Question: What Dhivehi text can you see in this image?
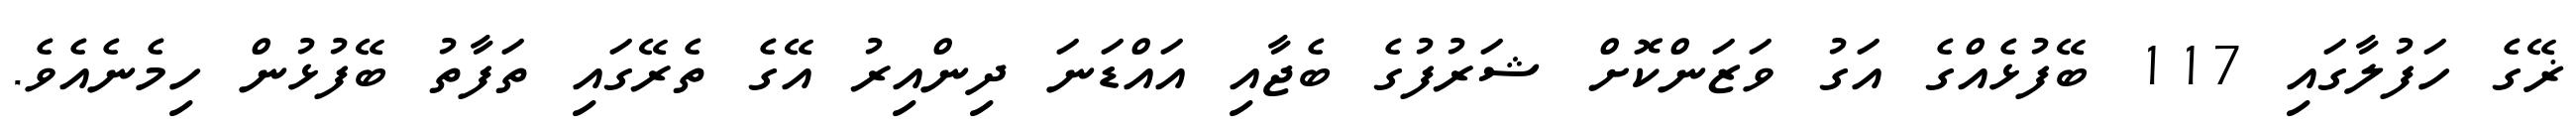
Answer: ޜޭގެ ހަފުލާގައި 117 ބޭފުޅެއްގެ އަގު ވަޒަންކޮށް ޝަރުފުގެ ބެޖާއި އައްޑަނަ ދިންއިރު އޭގެ ތެރޭގައި ތަފާތު ބޭފުޅުން ހިމެނެއެވެ.